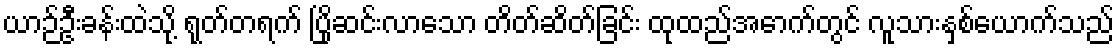
ယာဉ်ဦးခန်းထဲသို့ ရုတ်တရက် ပြိုဆင်းလာသော တိတ်ဆိတ်ခြင်း ထုထည်အောက်တွင် လူသားနှစ်ယောက်သည်